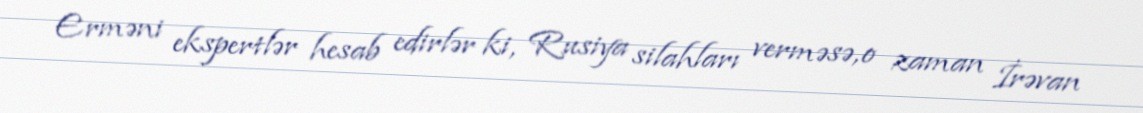
Erməni ekspertlər hesab edirlər ki, Rusiya silahları verməsə, o zaman İrəvan